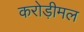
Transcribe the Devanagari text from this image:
करोड़ीमल